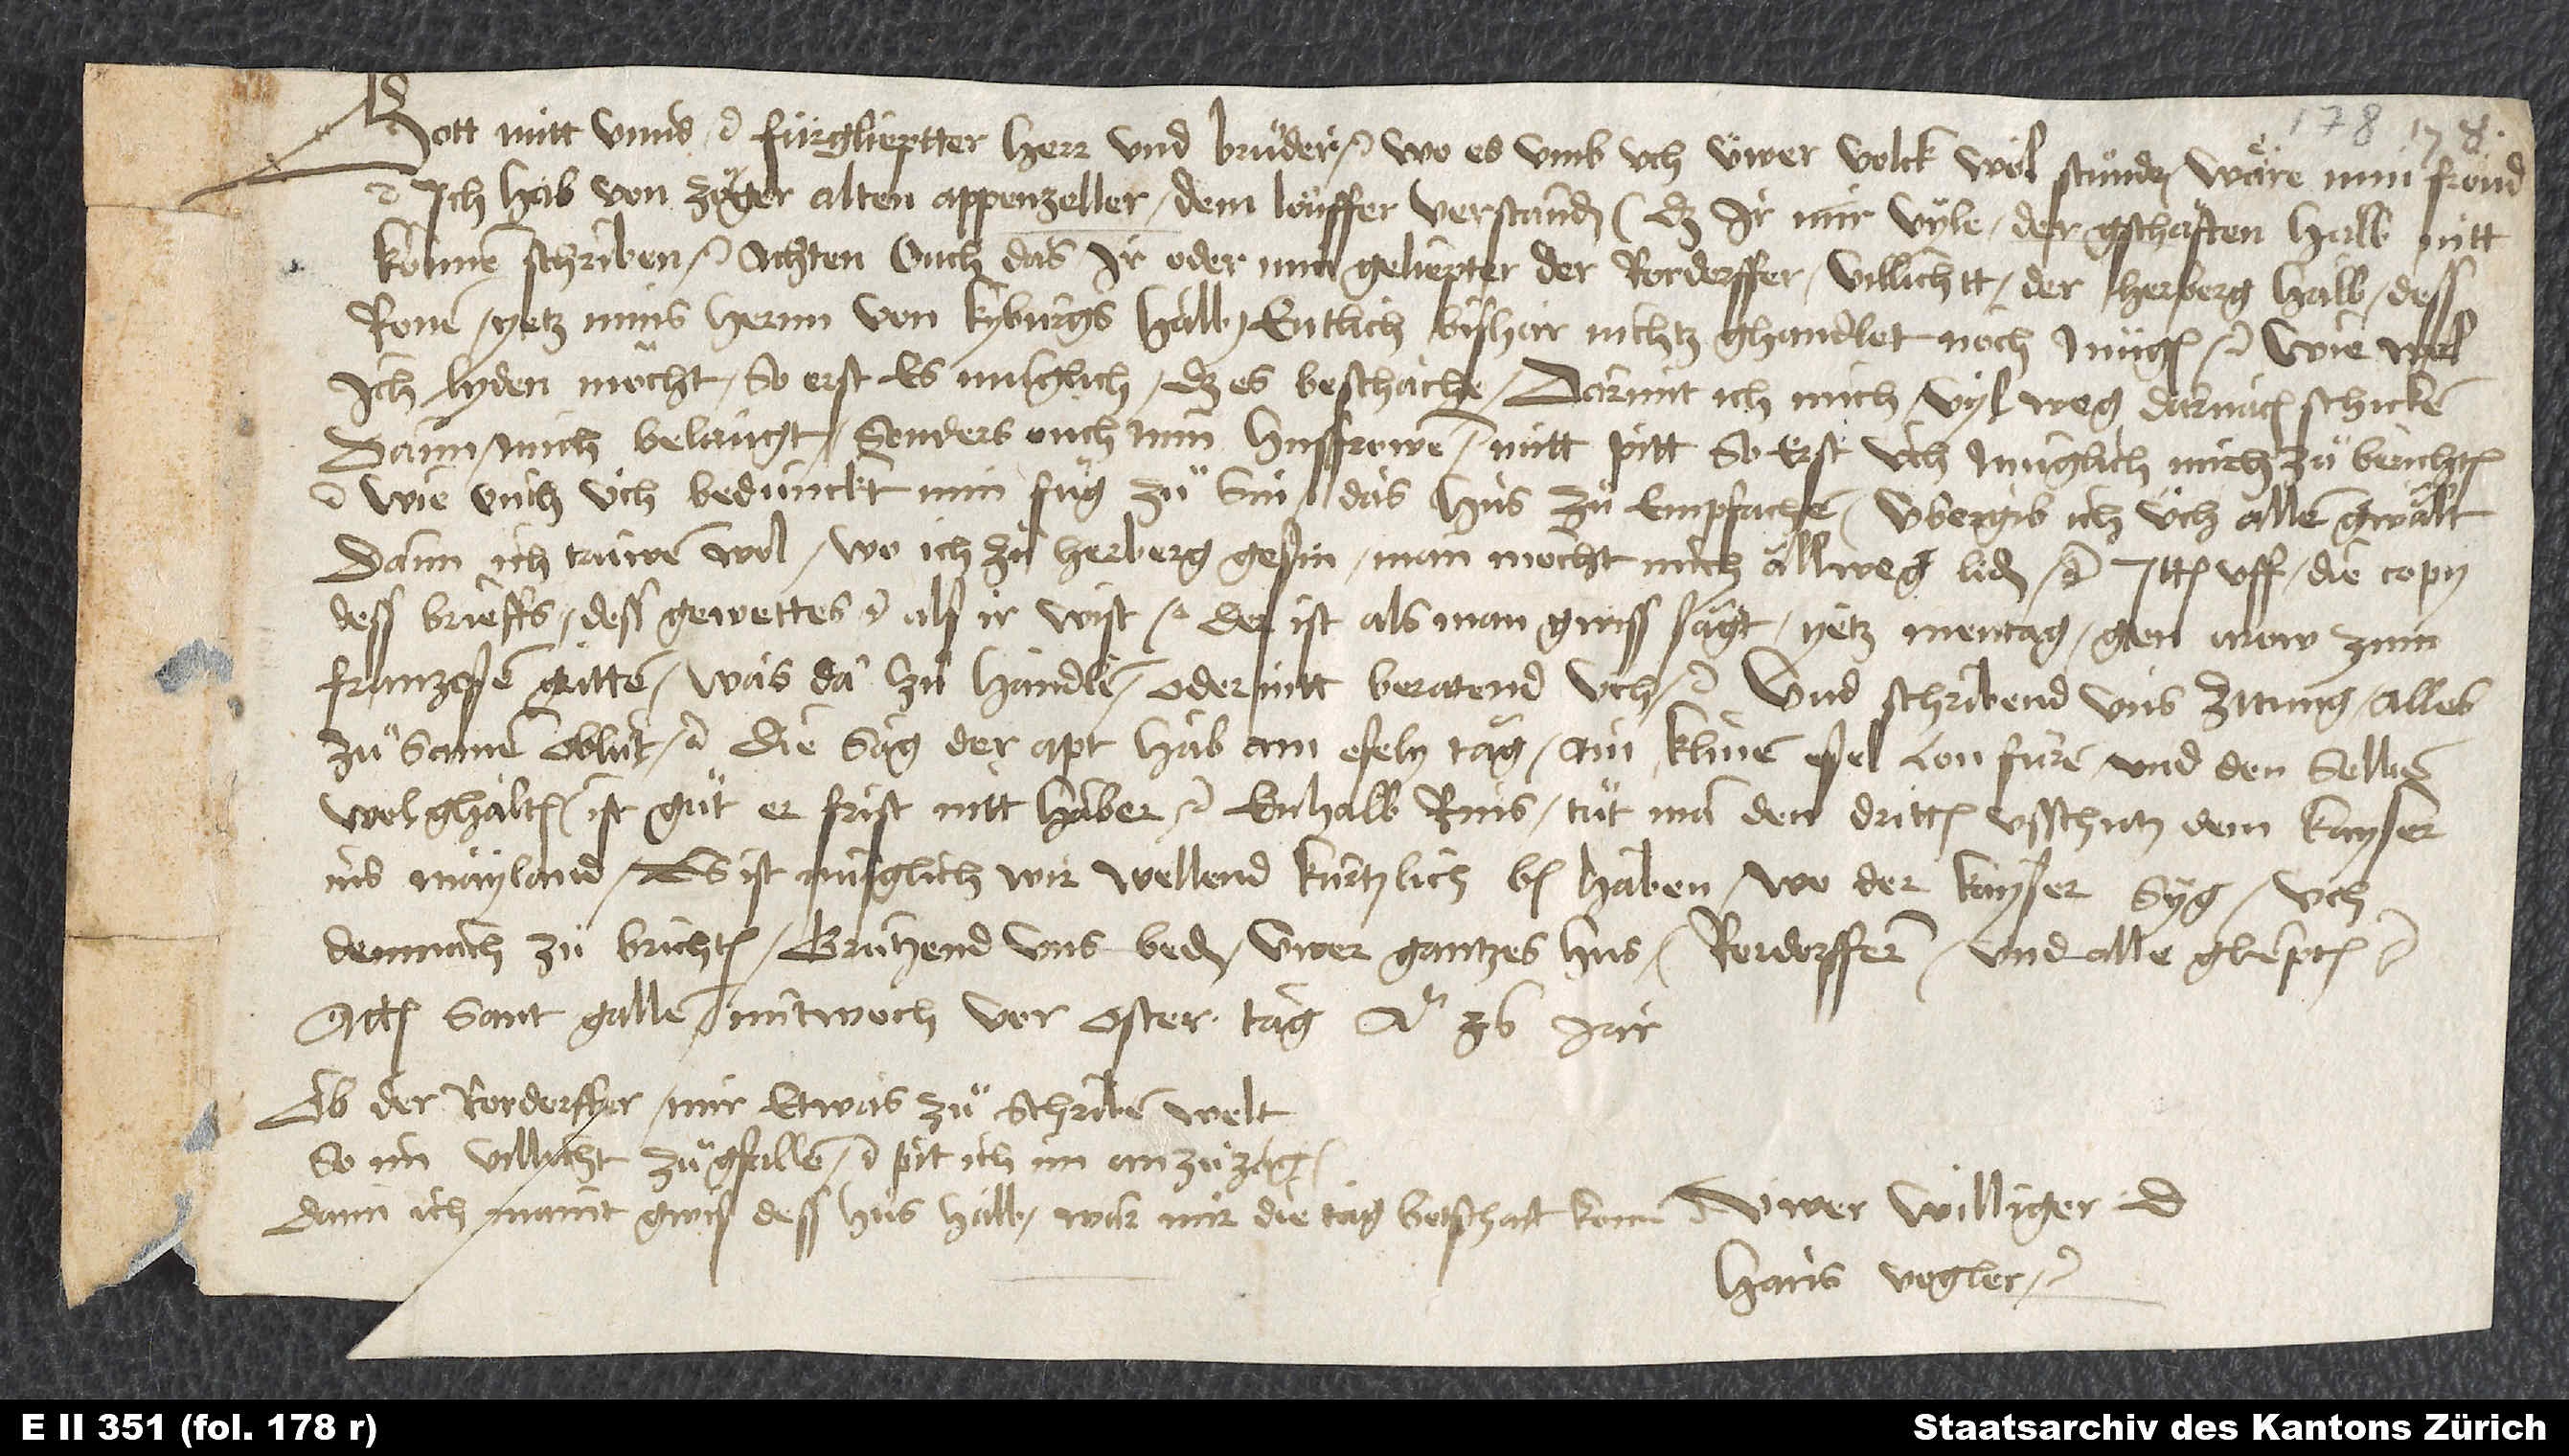
Gott mitt unns etc., fürglieptter herr und bruͦder etc. Wo es umb uch, üwer volck wol stuͦnde, wäre min fröud
etc. Ich hab von zöger, alten Appenzeller, dem löuffer, verstanden, daß ir mir vyle der gschäften halb nitt
können schriben etc., achten ouch, das ir oder min geliepter der Rordorffer villichtt der herberg halb dess
Ronen, yetz mins hernn von Kyburgs halb entlich bishar nichtz ghandlet noch mügen etc. Wie wol
ich lyden möcht, so erst es müglich, daß es beschäche, darmit ich mich vil weg darnach schicken.
Dann mich belangt, sonders ouch min husfrowen; mitt pitt, so erst üch müglich, mich zuͦ berichten
etc., wie ouch üch bedünckt min fug zu sin, das hus zuͦ empfachen, ubergib ich üch allen gwalt.
Dann ich trüwen wol, wo ich zuͦ herberg gesin, man möcht mich allweg liden etc. Ittem uff die copy
dess brieffs dess gewettes etc., als ir wist etc., der ist, als man gwiss sagt, yetz mentag gen Arow zum
Franzosen gritten; was da zuͦ handlen oder nitt, beratend uch etc. und schribend uns zitung alles
zuͦsamen oblut etc. Die sag, der apt hab am esely tag ain klinen esel lon füren und denselben
wol ghalten. Ist guͦt, er frist nitt haber etc. Enhalb Rins tuͦt man den dritten usschutz dem kayser
ins Mayland. Es ist müglich, wir wellend kürtzlich ben haben, wo der kayser syg, uch
demnach zuͦ brichten. Grützend uns beden uwer gantzes hus, Rordorffern und alle gliepten
Actum Sant Gallen, mitwoch vor ostertag anno 36. jar.
Ob der Rordorffer mir etwas zuͦschriben welt,
so im villicht zuͦgfallen etc., pit ich, im anzuͦzaigen;
dann ich maint gwis, dess hus halb wär mir die tag botschaft kon. An minen
Hans Vogler etc.